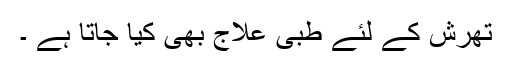
تھرش کے لئے طبّی علاج بھی کیا جاتا ہے ۔